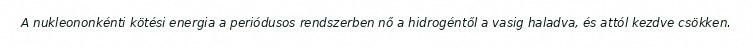
A nukleononkénti kötési energia a periódusos rendszerben nő a hidrogéntől a vasig haladva, és attól kezdve csökken.